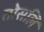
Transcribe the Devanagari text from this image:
तोसलि